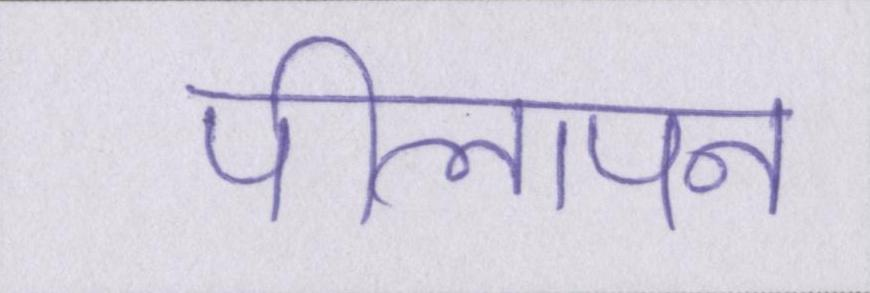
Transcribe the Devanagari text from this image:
पीलापन